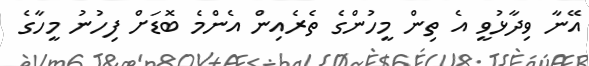
އޭނާ ވިދާޅުވީ އެ ތިން މީހުންގެ ތެރެއިން އެންމެ ބޮޑަށް ފިހުނު މީހާގެ